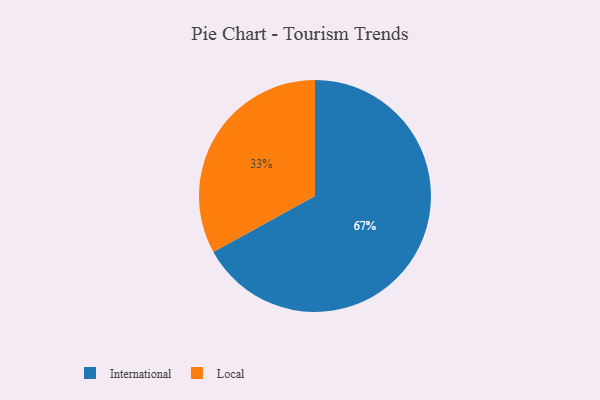
{"axis": {"x": "Category", "y": "Percentage"}, "legend": ["International", "Local"], "data": [{"x": "International", "y": 67, "type": "International"}, {"x": "Local", "y": 33, "type": "Local"}]}